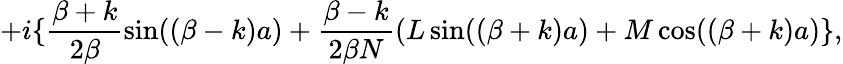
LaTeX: +i\{ \frac{\beta+k}{2\beta}\sin((\beta-k)a)+\frac{\beta-k}{2\beta N}(L\sin((\beta+k)a)+M\cos((\beta+k)a)\} ,